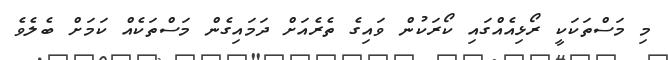
މި މަސްތަކަކީ ރޯޅިއެއްގައި ކޯރަކުން ވައިގެ ތެރެއަށް ދަމައިގެން މަސްތަކެއް ކަމަށް ބެލެވެ